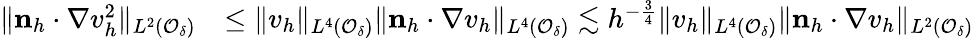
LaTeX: \begin{array}{rl}{\| \mathbf n_{h}\cdot\nabla v_{h}^{2}\| _{L^{2}(\mathcal{O}_{\delta})}}&{\le\| v_{h}\| _{L^{4}(\mathcal{O}_{\delta})}\| \mathbf n_{h}\cdot\nabla v_{h}\| _{L^{4}(\mathcal{O}_{\delta})}\lesssim h^{-\frac 34}\| v_{h}\| _{L^{4}(\mathcal{O}_{\delta})}\| \mathbf n_{h}\cdot\nabla v_{h}\| _{L^{2}(\mathcal{O}_{\delta})}}\end{array}